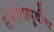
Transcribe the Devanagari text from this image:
संभोगापुर्वीच